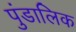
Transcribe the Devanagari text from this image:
पुंडालिक